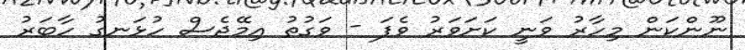
ނޫންކަން މިހާރު ވަނީ ކަށަވަރު ވެފަ - ވަގުތު އިމޭޖެސް ހުޅަނގު ހާބަރު